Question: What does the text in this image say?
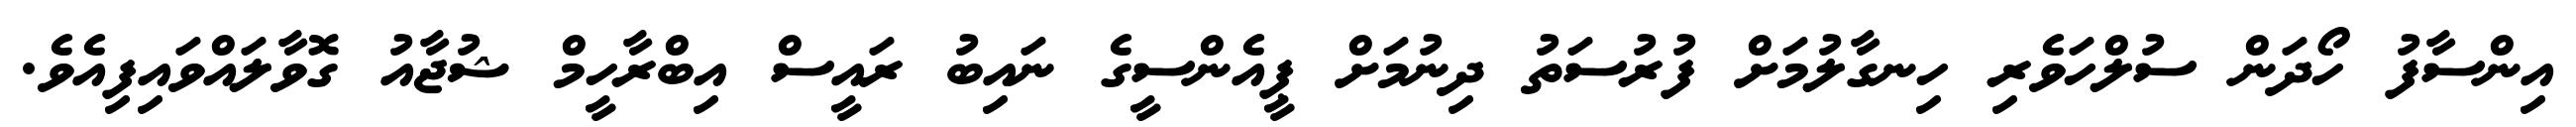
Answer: އިންސާފު ހޯދަން ސުލްހަވެރި ހިނގާލުމަށް ފުރުސަތު ދިނުމަށް ޕީއެންސީގެ ނައިބު ރައީސް އިބްރާހީމް ޝުޖާއު ގޮވާލައްވައިފިއެވެ.